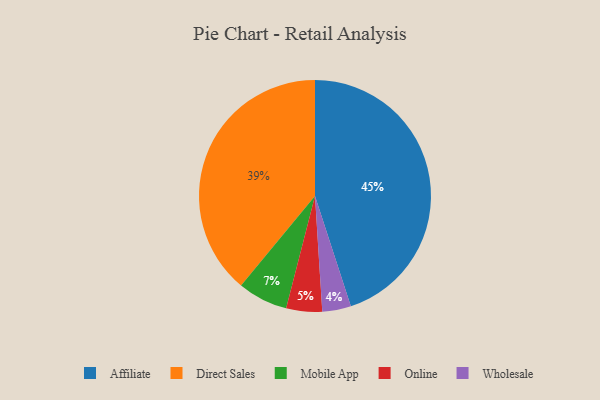
{"axis": {"x": "Category", "y": "Percentage"}, "legend": ["Affiliate", "Direct Sales", "Mobile App", "Online", "Wholesale"], "data": [{"x": "Affiliate", "y": 45, "type": "Affiliate"}, {"x": "Online", "y": 5, "type": "Online"}, {"x": "Wholesale", "y": 4, "type": "Wholesale"}, {"x": "Direct Sales", "y": 39, "type": "Direct Sales"}, {"x": "Mobile App", "y": 7, "type": "Mobile App"}]}